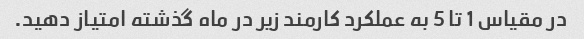
در مقیاس 1 تا 5 به عملکرد کارمند زیر در ماه گذشته امتیاز دهید.